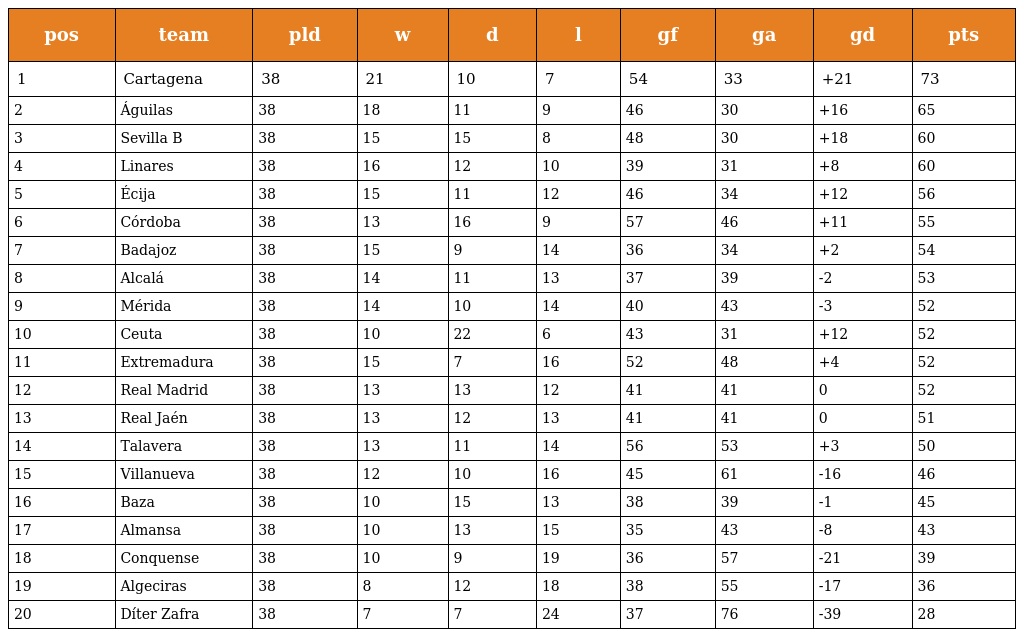
| pos | team | pld | w | d | l | gf | ga | gd | pts |
 | --- | --- | --- | --- | --- | --- | --- | --- | --- | --- |
 | 1 | Cartagena | 38 | 21 | 10 | 7 | 54 | 33 | +21 | 73 |
 | 2 | Águilas | 38 | 18 | 11 | 9 | 46 | 30 | +16 | 65 |
 | 3 | Sevilla B | 38 | 15 | 15 | 8 | 48 | 30 | +18 | 60 |
 | 4 | Linares | 38 | 16 | 12 | 10 | 39 | 31 | +8 | 60 |
 | 5 | Écija | 38 | 15 | 11 | 12 | 46 | 34 | +12 | 56 |
 | 6 | Córdoba | 38 | 13 | 16 | 9 | 57 | 46 | +11 | 55 |
 | 7 | Badajoz | 38 | 15 | 9 | 14 | 36 | 34 | +2 | 54 |
 | 8 | Alcalá | 38 | 14 | 11 | 13 | 37 | 39 | -2 | 53 |
 | 9 | Mérida | 38 | 14 | 10 | 14 | 40 | 43 | -3 | 52 |
 | 10 | Ceuta | 38 | 10 | 22 | 6 | 43 | 31 | +12 | 52 |
 | 11 | Extremadura | 38 | 15 | 7 | 16 | 52 | 48 | +4 | 52 |
 | 12 | Real Madrid | 38 | 13 | 13 | 12 | 41 | 41 | 0 | 52 |
 | 13 | Real Jaén | 38 | 13 | 12 | 13 | 41 | 41 | 0 | 51 |
 | 14 | Talavera | 38 | 13 | 11 | 14 | 56 | 53 | +3 | 50 |
 | 15 | Villanueva | 38 | 12 | 10 | 16 | 45 | 61 | -16 | 46 |
 | 16 | Baza | 38 | 10 | 15 | 13 | 38 | 39 | -1 | 45 |
 | 17 | Almansa | 38 | 10 | 13 | 15 | 35 | 43 | -8 | 43 |
 | 18 | Conquense | 38 | 10 | 9 | 19 | 36 | 57 | -21 | 39 |
 | 19 | Algeciras | 38 | 8 | 12 | 18 | 38 | 55 | -17 | 36 |
 | 20 | Díter Zafra | 38 | 7 | 7 | 24 | 37 | 76 | -39 | 28 |